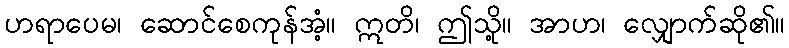
ဟရာပေမ၊ ဆောင်စေကုန်အံ့။ ဣတိ၊ ဤသို့။ အာဟ၊ လျှောက်ဆို၏။